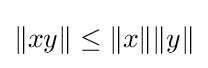
\|xy\|\leq \|x\|\|y\|